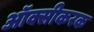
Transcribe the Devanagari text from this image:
ऑक्सीकरक